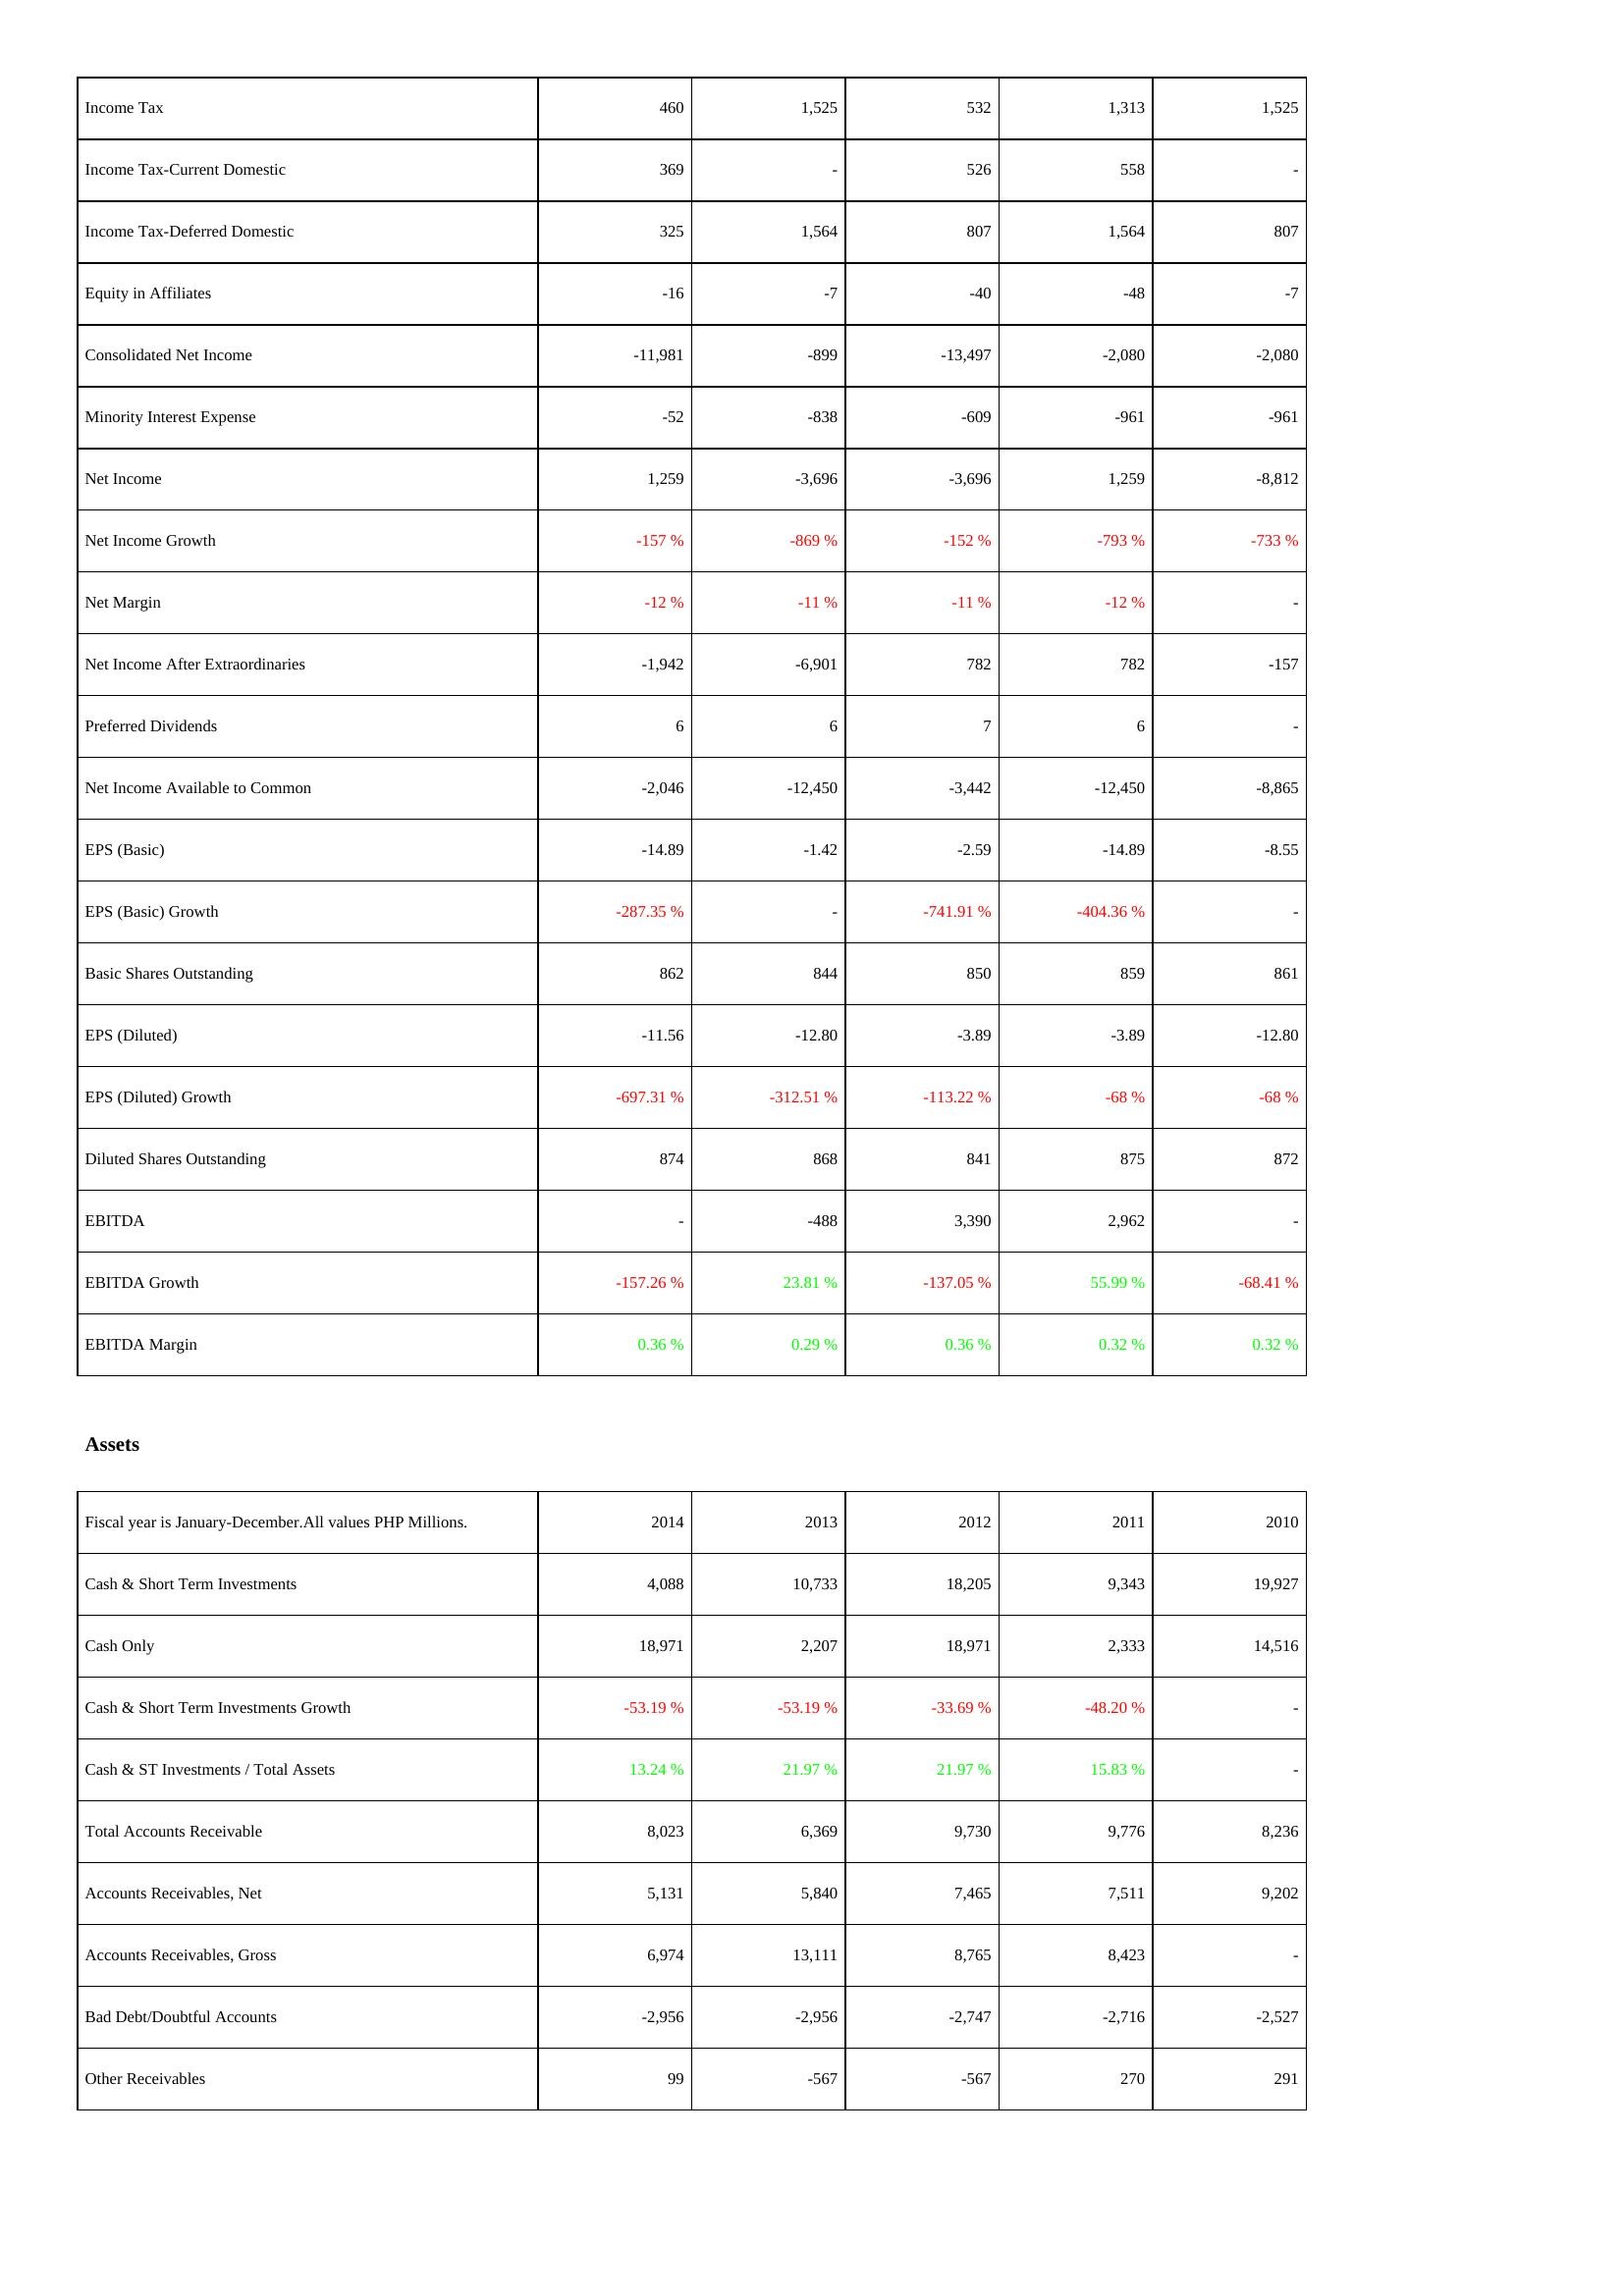
2014: Income Statement: Income Tax: 460
Income Tax-Current Domestic: 369
Income Tax-Deferred Domestic: 325
Equity in Affiliates: -16
Consolidated Net Income: -11,981
Minority Interest Expense: -52
Net Income: 1,259
Net Income Growth: -157 %
Net Margin: -12 %
Net Income After Extraordinaries: -1,942
Preferred Dividends: 6
Net Income Available to Common: -2,046
EPS (Basic): -14.89
EPS (Basic) Growth: -287.35 %
Basic Shares Outstanding: 862
EPS (Diluted): -11.56
EPS (Diluted) Growth: -697.31 %
Diluted Shares Outstanding: 874
EBITDA: -
EBITDA Growth: -157.26 %
EBITDA Margin: 0.36 %
Assets: Cash & Short Term Investments: 4,088
Cash Only: 18,971
Cash & Short Term Investments Growth: -53.19 %
Cash & ST Investments / Total Assets: 13.24 %
Total Accounts Receivable: 8,023
Accounts Receivables, Net: 5,131
Accounts Receivables, Gross: 6,974
Bad Debt/Doubtful Accounts: -2,956
Other Receivables: 99
2013: Income Statement: Income Tax: 1,525
Income Tax-Current Domestic: -
Income Tax-Deferred Domestic: 1,564
Equity in Affiliates: -7
Consolidated Net Income: -899
Minority Interest Expense: -838
Net Income: -3,696
Net Income Growth: -869 %
Net Margin: -11 %
Net Income After Extraordinaries: -6,901
Preferred Dividends: 6
Net Income Available to Common: -12,450
EPS (Basic): -1.42
EPS (Basic) Growth: -
Basic Shares Outstanding: 844
EPS (Diluted): -12.80
EPS (Diluted) Growth: -312.51 %
Diluted Shares Outstanding: 868
EBITDA: -488
EBITDA Growth: 23.81 %
EBITDA Margin: 0.29 %
Assets: Cash & Short Term Investments: 10,733
Cash Only: 2,207
Cash & Short Term Investments Growth: -53.19 %
Cash & ST Investments / Total Assets: 21.97 %
Total Accounts Receivable: 6,369
Accounts Receivables, Net: 5,840
Accounts Receivables, Gross: 13,111
Bad Debt/Doubtful Accounts: -2,956
Other Receivables: -567
2012: Income Statement: Income Tax: 532
Income Tax-Current Domestic: 526
Income Tax-Deferred Domestic: 807
Equity in Affiliates: -40
Consolidated Net Income: -13,497
Minority Interest Expense: -609
Net Income: -3,696
Net Income Growth: -152 %
Net Margin: -11 %
Net Income After Extraordinaries: 782
Preferred Dividends: 7
Net Income Available to Common: -3,442
EPS (Basic): -2.59
EPS (Basic) Growth: -741.91 %
Basic Shares Outstanding: 850
EPS (Diluted): -3.89
EPS (Diluted) Growth: -113.22 %
Diluted Shares Outstanding: 841
EBITDA: 3,390
EBITDA Growth: -137.05 %
EBITDA Margin: 0.36 %
Assets: Cash & Short Term Investments: 18,205
Cash Only: 18,971
Cash & Short Term Investments Growth: -33.69 %
Cash & ST Investments / Total Assets: 21.97 %
Total Accounts Receivable: 9,730
Accounts Receivables, Net: 7,465
Accounts Receivables, Gross: 8,765
Bad Debt/Doubtful Accounts: -2,747
Other Receivables: -567
2011: Income Statement: Income Tax: 1,313
Income Tax-Current Domestic: 558
Income Tax-Deferred Domestic: 1,564
Equity in Affiliates: -48
Consolidated Net Income: -2,080
Minority Interest Expense: -961
Net Income: 1,259
Net Income Growth: -793 %
Net Margin: -12 %
Net Income After Extraordinaries: 782
Preferred Dividends: 6
Net Income Available to Common: -12,450
EPS (Basic): -14.89
EPS (Basic) Growth: -404.36 %
Basic Shares Outstanding: 859
EPS (Diluted): -3.89
EPS (Diluted) Growth: -68 %
Diluted Shares Outstanding: 875
EBITDA: 2,962
EBITDA Growth: 55.99 %
EBITDA Margin: 0.32 %
Assets: Cash & Short Term Investments: 9,343
Cash Only: 2,333
Cash & Short Term Investments Growth: -48.20 %
Cash & ST Investments / Total Assets: 15.83 %
Total Accounts Receivable: 9,776
Accounts Receivables, Net: 7,511
Accounts Receivables, Gross: 8,423
Bad Debt/Doubtful Accounts: -2,716
Other Receivables: 270
2010: Income Statement: Income Tax: 1,525
Income Tax-Current Domestic: -
Income Tax-Deferred Domestic: 807
Equity in Affiliates: -7
Consolidated Net Income: -2,080
Minority Interest Expense: -961
Net Income: -8,812
Net Income Growth: -733 %
Net Margin: -
Net Income After Extraordinaries: -157
Preferred Dividends: -
Net Income Available to Common: -8,865
EPS (Basic): -8.55
EPS (Basic) Growth: -
Basic Shares Outstanding: 861
EPS (Diluted): -12.80
EPS (Diluted) Growth: -68 %
Diluted Shares Outstanding: 872
EBITDA: -
EBITDA Growth: -68.41 %
EBITDA Margin: 0.32 %
Assets: Cash & Short Term Investments: 19,927
Cash Only: 14,516
Cash & Short Term Investments Growth: -
Cash & ST Investments / Total Assets: -
Total Accounts Receivable: 8,236
Accounts Receivables, Net: 9,202
Accounts Receivables, Gross: -
Bad Debt/Doubtful Accounts: -2,527
Other Receivables: 291